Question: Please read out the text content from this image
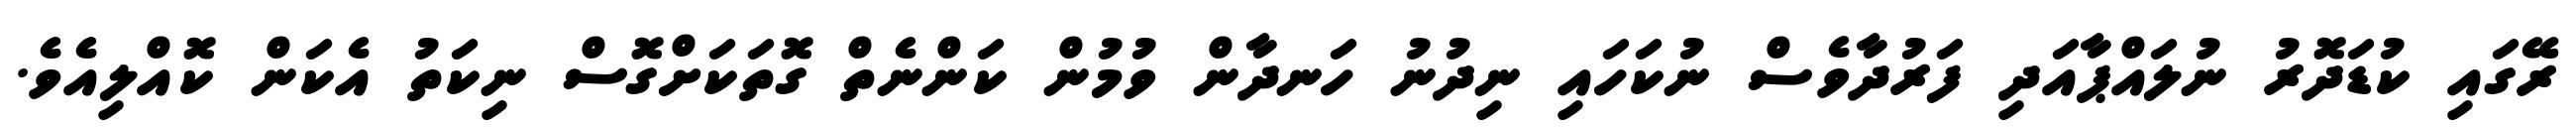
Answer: ރޭގައި ކުޑަދޮރު ނުލައްޕާއަދި ފަރުދާވެސް ނުކަހައި ނިދުނު ހަނދާން ވުމުން ކަންނެތް ގޮތަކަށްގޮސް ނިކަތު އެކަން ކޮއްލިއެވެ.